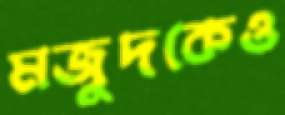
মজুদকেও